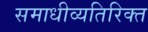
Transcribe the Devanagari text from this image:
समाधीव्यतिरिक्त